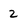
Character: 2